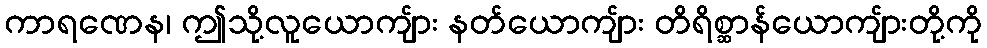
ကာရဏေန၊ ဤသို့လူယောကျ်ား နတ်ယောကျ်ား တိရိစ္ဆာန်ယောကျ်ားတို့ကို